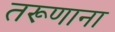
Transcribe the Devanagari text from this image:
तरूणाना